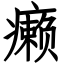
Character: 癞